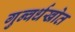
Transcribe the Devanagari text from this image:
गुन्वर्धखोत